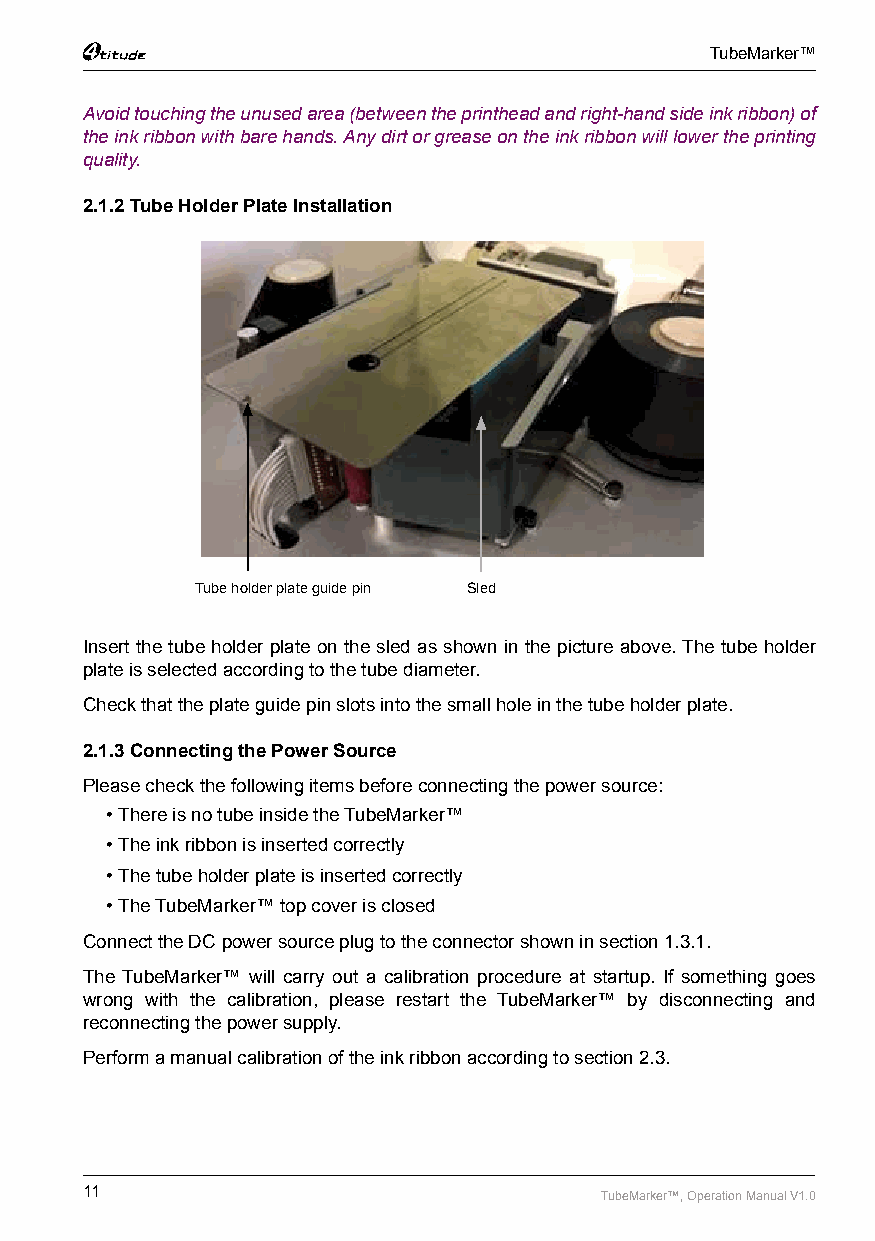
TubeMarker™
 Avoid touching the unused area (between the printhead and right-hand side ink ribbon) of
 the ink ribbon with bare hands. Any dirt or grease on the ink ribbon will lower the printing
 quality.
 2.1.2 Tube Holder Plate Installation
 Tube holder plate guide pin Sled
 Insert the tube holder plate on the sled as shown in the picture above. The tube holder
 plate is selected according to the tube diameter.
 Check that the plate guide pin slots into the small hole in the tube holder plate.
 2.1.3 Connecting the Power Source
 Please check the following items before connecting the power source:
 • There is no tube inside the TubeMarker™
 • The ink ribbon is inserted correctly
 • The tube holder plate is inserted correctly
 • The TubeMarker™ top cover is closed
 Connect the DC power source plug to the connector shown in section 1.3.1.
 The TubeMarker™ will carry out a calibration procedure at startup. If something goes
 wrong with the calibration, please restart the TubeMarker™ by disconnecting and
 reconnecting the power supply.
 Perform a manual calibration of the ink ribbon according to section 2.3.
 11                                 TubeMarker™, Operation Manual V1.0